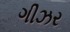
ગીઝર